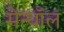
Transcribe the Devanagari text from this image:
मेन्थॉल